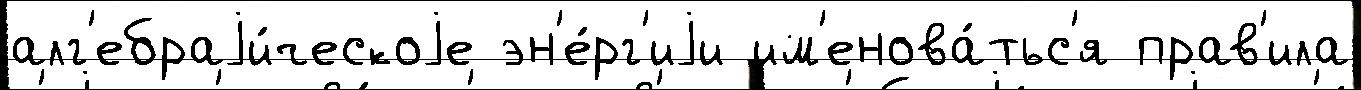
алг'ебраjи́ческоjе эн'е́рг'иjи им'енова́тьс'я прав'ила